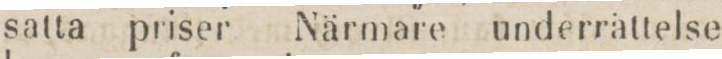
satta priser Närmare underrättelse